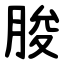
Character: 脧